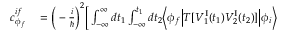
\begin{array} { r l } { c _ { \phi _ { f } } ^ { i f } } & { { } = \Big ( - \frac { i } { \hbar } \Big ) ^ { 2 } \Big [ \int _ { - \infty } ^ { \infty } d t _ { 1 } \int _ { - \infty } ^ { t _ { 1 } } d t _ { 2 } \Big \langle \phi _ { f } \Big \vert T [ { \cal V } _ { 1 } ^ { \mathrm { I } } ( t _ { 1 } ) { \cal V } _ { 2 } ^ { \mathrm { I } } ( t _ { 2 } ) ] \Big \vert \phi _ { i } \Big \rangle } \end{array}